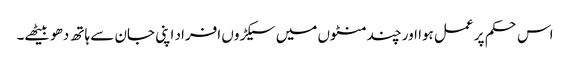
اس حکم پر عمل ہوا اور چند منٹوں میں سیکڑوں افراد اپنی جان سے ہاتھ دھو بیٹھے۔